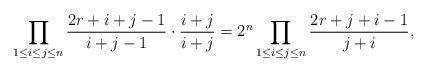
LaTeX: \begin{align*}\prod_{1\leq i \leq j \leq n} \frac{2r+i+j-1}{i+j-1} \cdot \frac{i+j}{i+j}= 2^n \prod_{1 \leq i \leq j \leq n} \frac{2r + j + i - 1}{j+i},\end{align*}